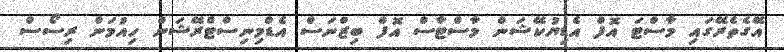
އޭގެތެރޭގައި މާސްޓަ އޮފް އެޑިޔުކޭޝަން މާސްޓާސް އޮފް ބިޒްނަސް އެޑްމިނިސްޓްރޭޝަން ހިއުމަން ރިސޯސް